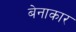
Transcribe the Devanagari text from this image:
बेनाकार